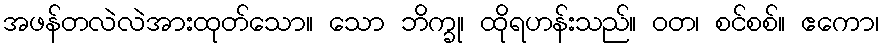
အဖန်တလဲလဲအားထုတ်သော။ သော ဘိက္ခု၊ ထိုရဟန်းသည်။ ဝတ၊ စင်စစ်။ ဧကော၊